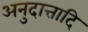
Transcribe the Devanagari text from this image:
अनुदात्तादि